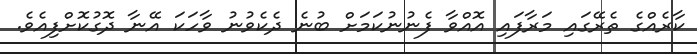
ކާރެއްގެ ތެރޭގައި މަރާާފައި އޮއްވާ ފެނުނުކަމަށް ބުނެ ދެކެވުނު ވާހަކަ އޭނާ ދޮގުކޮށްފިއެވެ.